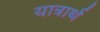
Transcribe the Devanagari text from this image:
यात्रार्थ